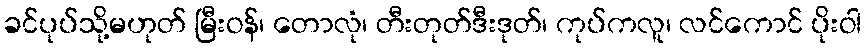
ခင်ပုပ်သို့မဟုတ် မြီးဝန်၊ တောလုံ၊ တီးတုတ်ဒီးဒုတ်၊ ကုပ်ကလူ၊ လင်ကောင် ပိုးဝါ